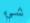
شيء